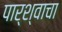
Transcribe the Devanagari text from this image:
पार्श्वाचा